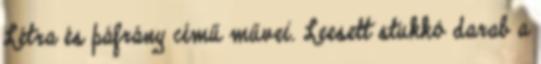
Létra és páfrány című művei. Leesett stukkó darab a